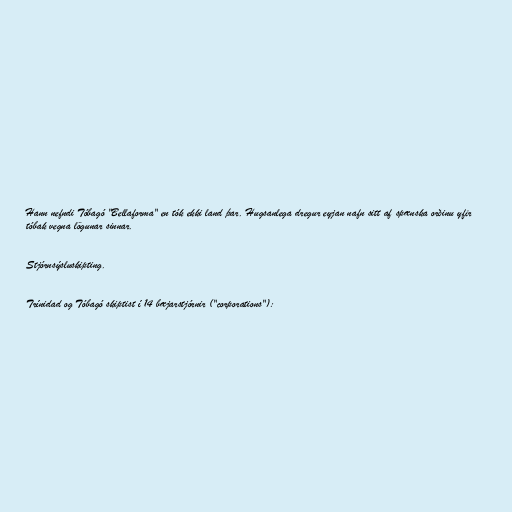
Hann nefndi Tóbagó "Bellaforma" en tók ekki land þar. Hugsanlega dregur eyjan nafn sitt af spænska orðinu yfir
tóbak vegna lögunar sinnar.

Stjórnsýsluskipting.

Trínidad og Tóbagó skiptist í 14 bæjarstjórnir ("corporations"):